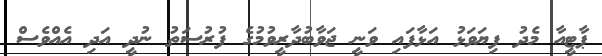
ޕާޓީއާ މެދު ފިޔަވަޅު އަޅާފައި ވަނީ ޖަވާބުދާރީވުމުގެ ފުރުސަތު ނުދީ އަދި އެއްވެސް